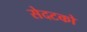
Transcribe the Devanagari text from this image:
सेदटको